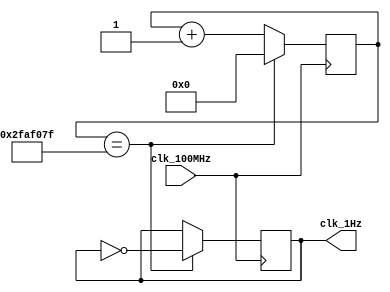
`timescale 1ns / 1ps

module oneHz_generator(
    input clk_100MHz,       // 100MHz BASYS 3
    output clk_1Hz
    );
    
    reg [25:0] counter_reg = 0;
    reg clk_out_reg = 0;
    
    always @(posedge clk_100MHz) begin
        if(counter_reg == 49_999_999) begin
            counter_reg <= 0;
            clk_out_reg <= ~clk_out_reg;
        end
        else
            counter_reg <= counter_reg + 1;
    end
    
    assign clk_1Hz = clk_out_reg;
    
endmodule